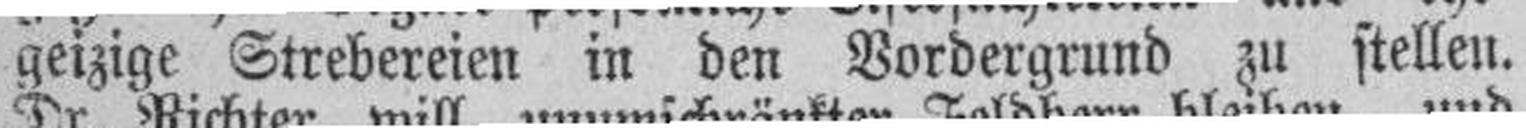
geizige Strebereien in den Vordergrund zu stellen.